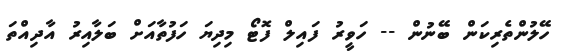
ހޭލުންތެރިކަން ބޭނުން -- ހަވީރު ފައިލް ފޮޓޯ މިދިޔަ ހަފުތާއަށް ބަލާއިރު އާދިއްތަ